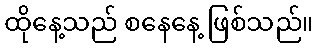
ထိုနေ့သည် စနေနေ့ ဖြစ်သည်။